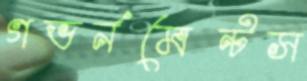
গভর্নমেন্টস